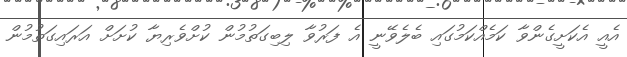
އެއީ އެކަށީގެންވާ ކަމެއްކަމުގައި ބެލެވޭނީ އެ ފަރުވާ ލިބިގަތުމުން ކުށްވެރިޔާ ކުށަށް އަރައިގަތުމުން